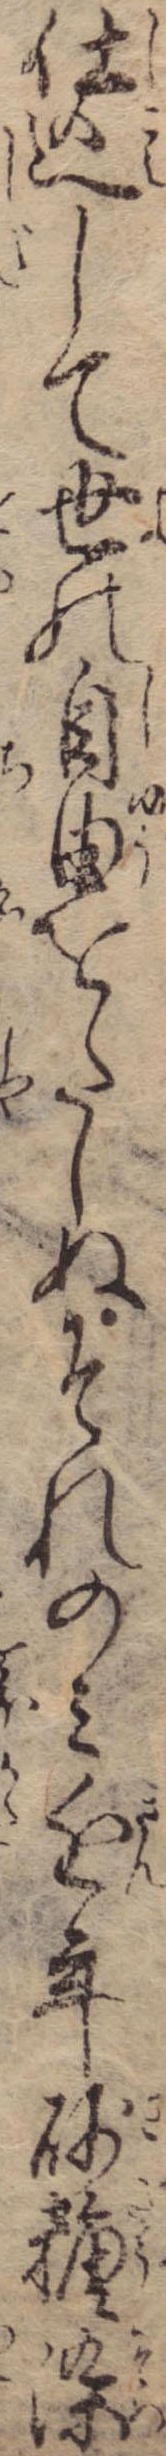
仕込して世の自由をたしぬそれのみ近年砂糖染